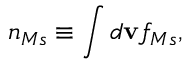
n _ { M s } \equiv \int d \mathbf { v } f _ { M s } ,